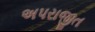
અપરાજીત